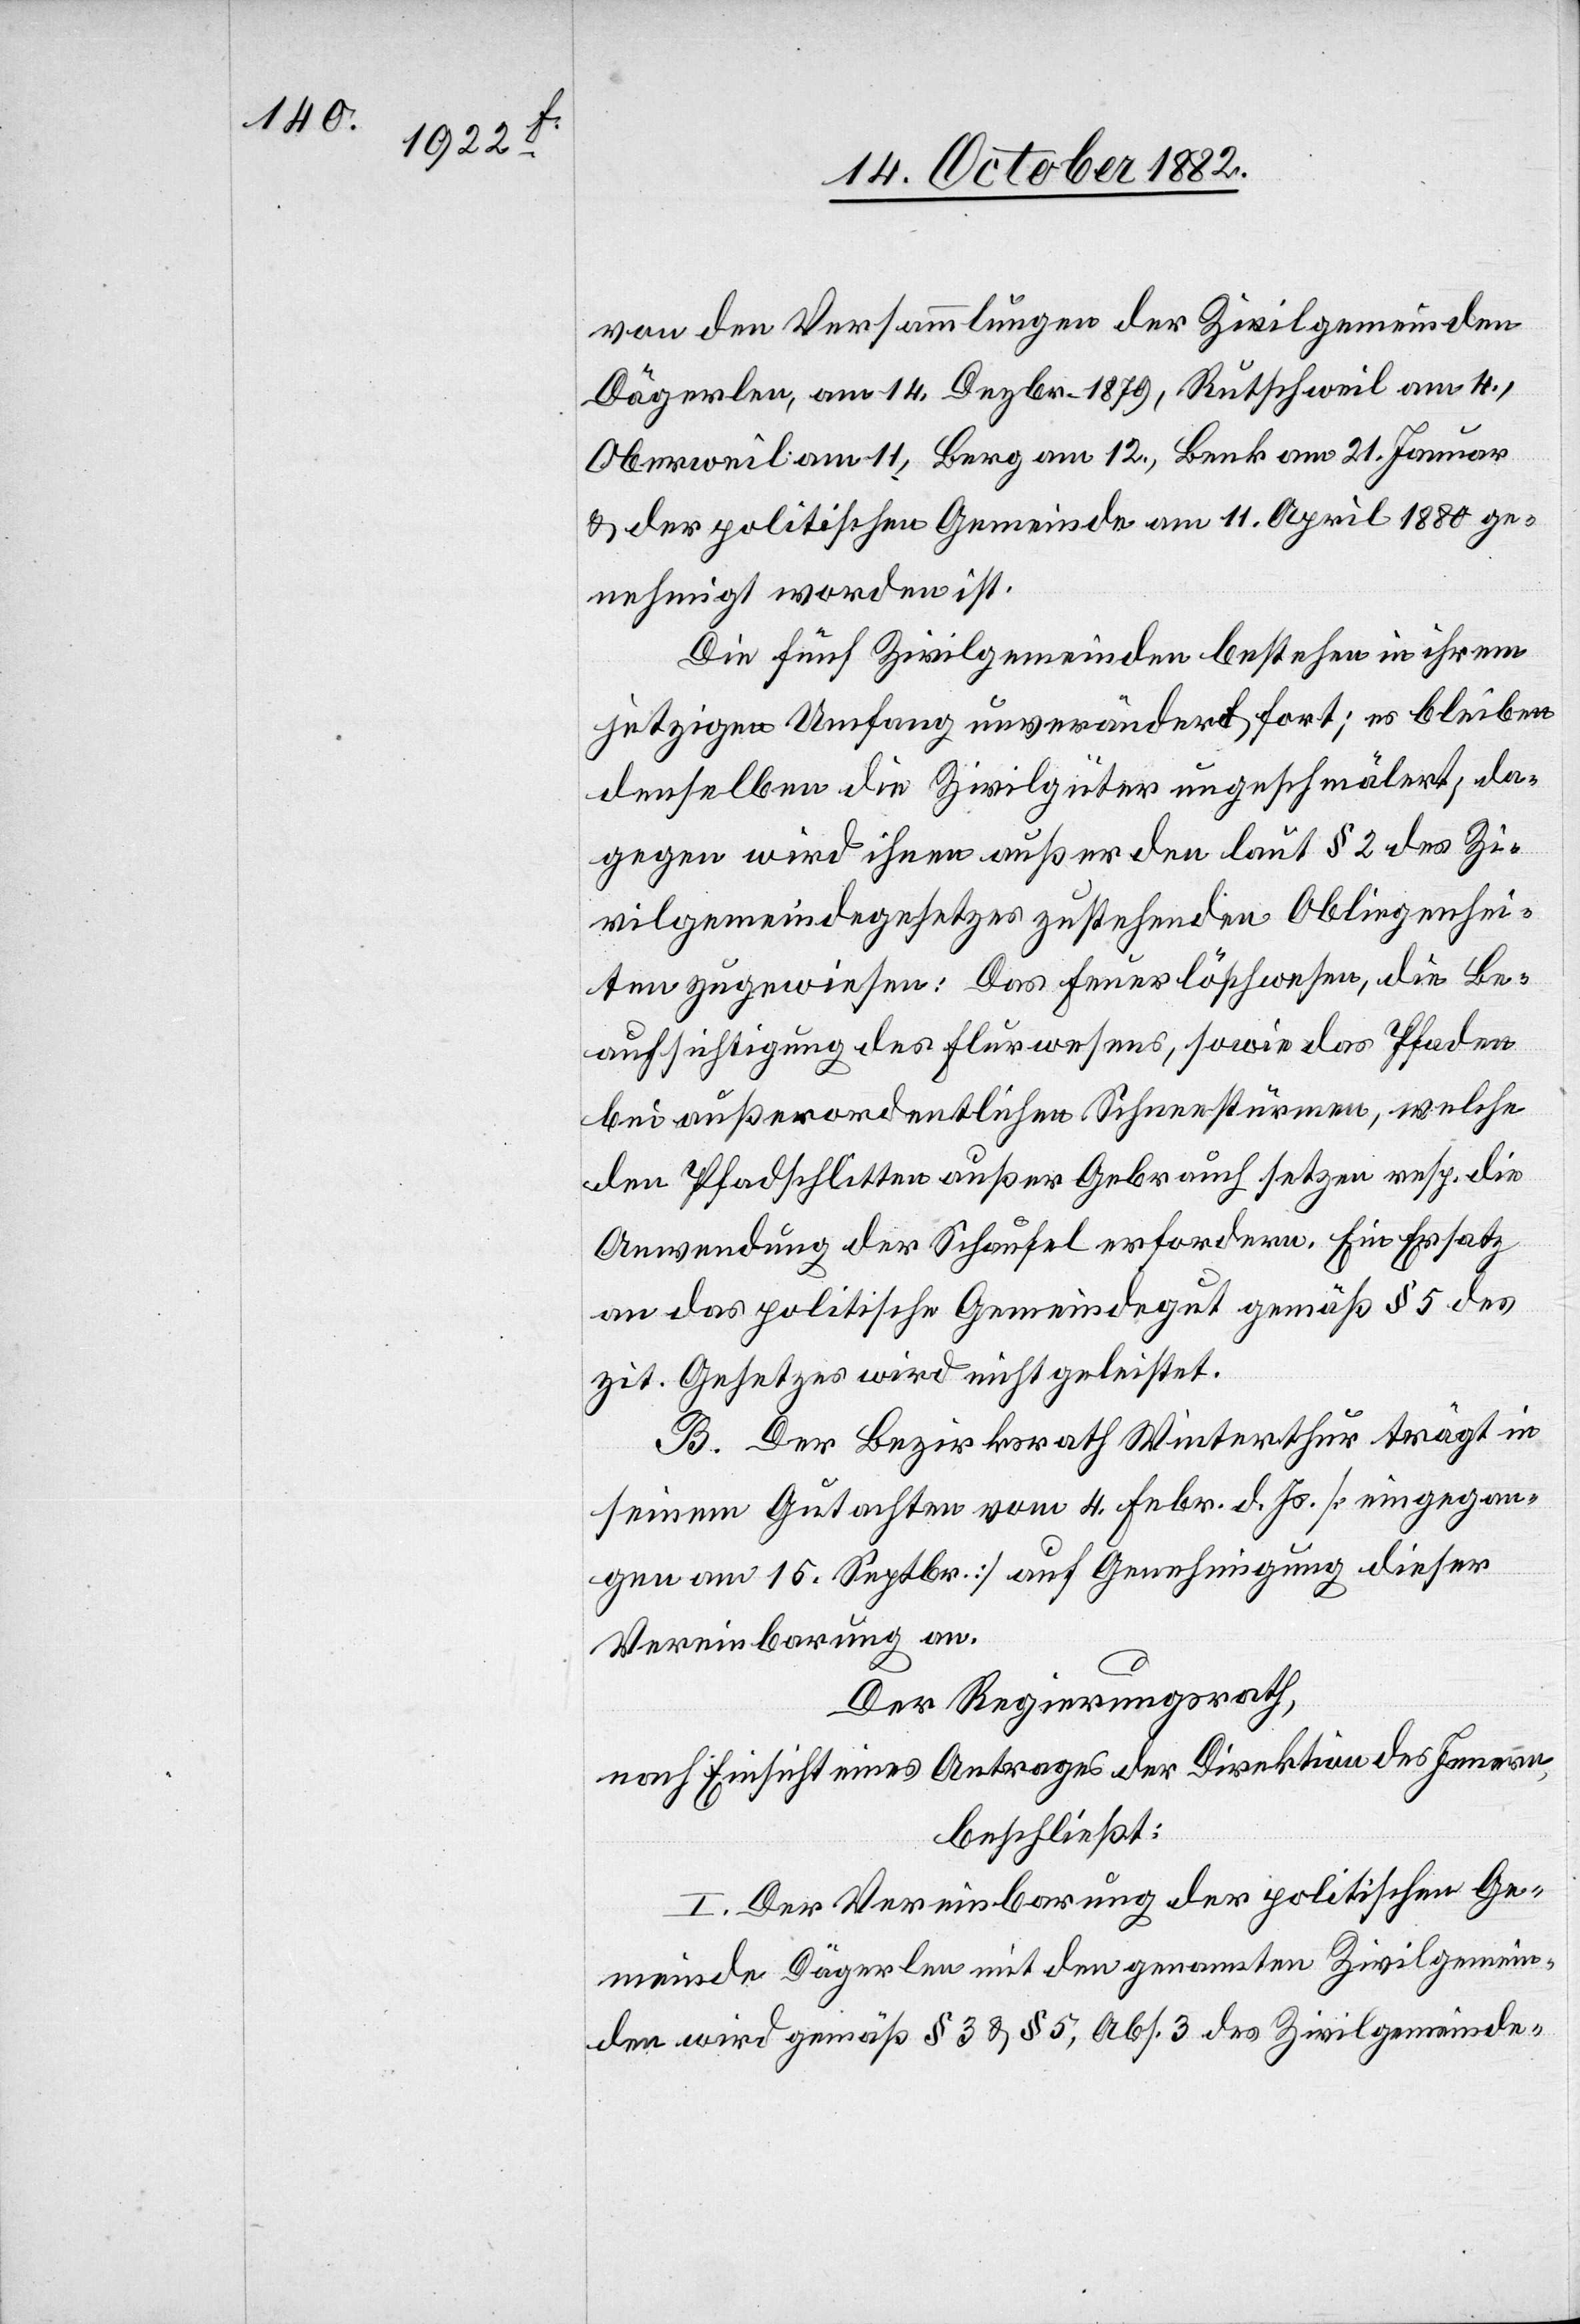
von den Versammlungen der Zivilgemeinden
Dägerlen, am 14. Dezbr. 1879, Rutschweil am 4.,
Oberweil am 11., Berg am 12., Benk am 21. Januar
& der politischen Gemeinde am 11. April 1880 ge¬
nehmigt worden ist.
Die fünf Zivilgemeinden bestehen in ihrem
jetzigen Umfang unverändert fort; es bleiben
denselben die Zivilgüter ungeschmälert; da¬
gegen wird ihnen außer den laut § 2 des Zi¬
vilgemeindegesetzes zustehenden Obliegenhei¬
ten zugewiesen: Das Feuerlöschwesen, die Be¬
aufsichtigung des Flurwesens, sowie das Pfaden
bei außerordentlichen Schneestürmen, welche
den Pfadschlitten außer Gebrauch setzen resp. die
Anwendung der Schaufel erfordern. Ein Ersatz
an das politische Gemeindegut gemäß § 5 des
zit. Gesetzes wird nicht geleistet.
B. Der Bezirksrath Winterthur trägt in
seinem Gutachten vom 4. Febr. d. Js. [eingegan¬
gen am 15. Septbr. 1882] auf Genehmigung dieser
Vereinbarung der
Der Regierungsrath,
nach Einsicht eines Antrages der Direktion des Innern,
beschließt:
wird gemäß § 3 & § 5, Abs. 3 des Zivilgemeinde-